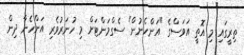
ތިރީގައި މި އޮތީ އަވަސްގެ "އަންހެނުން" ސެގްމަންޓަށް މި ހުނަރުވެރި އަންހެނާ ދިން